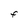
Character: F